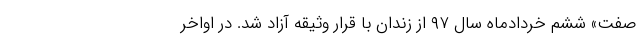
صفت» ششم خردادماه سال ۹۷ از زندان با قرار وثیقه آزاد شد. در اواخر